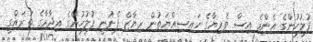
ފުލުހުންގެ އެންމެ އިސް ވެރިޔާގެ ހައިސިއްޔަތުން ރިޔާޒް ފެނުނީ ފުލުހުންގެ އިދާރާގެ ތަރައްގީ